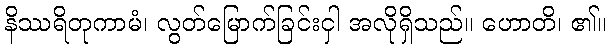
နိဿရိတုကာမံ၊ လွတ်မြောက်ခြင်းငှါ အလိုရှိသည်။ ဟောတိ၊ ၏။